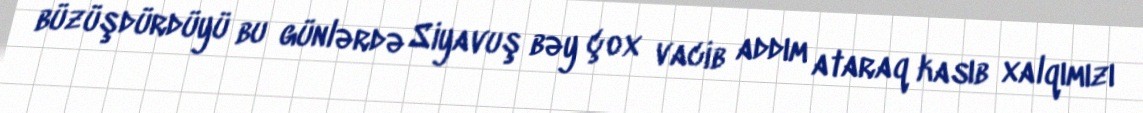
büzüşdürdüyü bu günlərdə Siyavuş bəy çox vacib addım ataraq kasıb xalqımızı